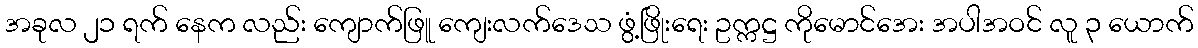
အခုလ ၂၁ ရက် နေက လည်း ကျောက်ဖြူ ကျေးလက်ဒေသ ဖွံ့ဖြိုးရေး ဥက္ကဋ္ဌ ကိုမောင်အေး အပါအဝင် လူ ၃ ယောက်